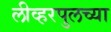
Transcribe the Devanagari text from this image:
लीव्हरपुलच्या